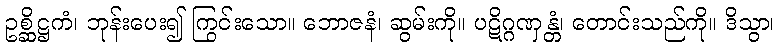
ဥစ္ဆိဋ္ဌကံ၊ ဘုန်းပေး၍ ကြွင်းသော။ ဘောဇနံ၊ ဆွမ်းကို။ ပဋိဂ္ဂဏှန္တံ၊ တောင်းသည်ကို။ ဒိသွာ၊